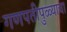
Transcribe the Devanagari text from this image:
गणपतीपुळ्याचा